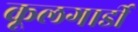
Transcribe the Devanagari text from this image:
कूलगार्डी